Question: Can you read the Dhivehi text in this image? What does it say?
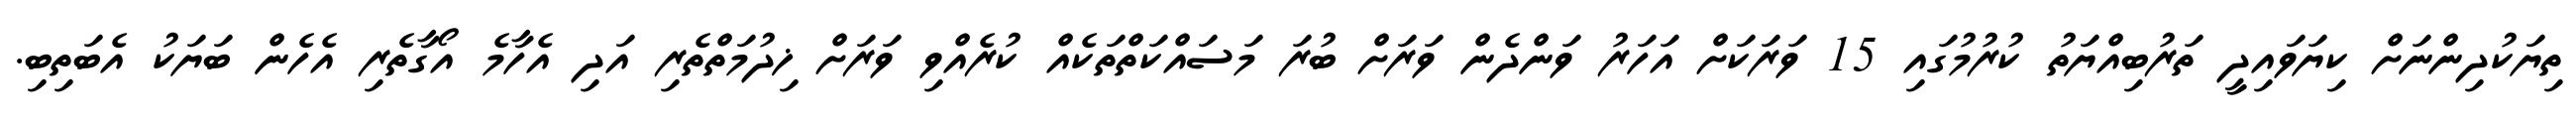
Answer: ތިޔަކުދިންނަށް ކިޔަވައިދީ ތަރުބިއްޔަތު ކުރުމުގައި 15 ވަރަކަށް އަހަރު ވަންދެން ވަރަށް ބުރަ މަސައްކަތްތަކެއް ކުރެއްވި ވަރަށް ޚިދުމަތްތެރި އަދި އެހާމެ އޯގާތެރި އެހެން ބަޔަކު އެބަތިބި.